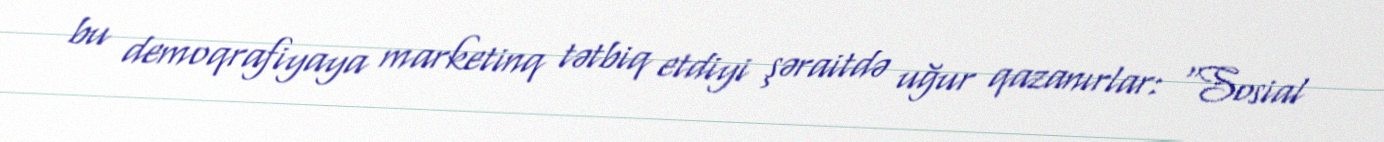
bu demoqrafiyaya marketinq tətbiq etdiyi şəraitdə uğur qazanırlar: "Sosial